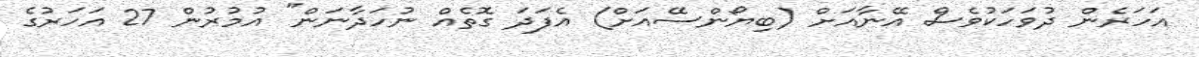
އަހަރެން ދުވަހަކުވެސް އޭނާއަށް (ބިޔޯންސޭއަށް) އެފަދަ ގޮތެއް ނުހަދާނަން" އުމުރުން 27 އަހަރުގެ